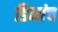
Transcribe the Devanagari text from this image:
डिमांच